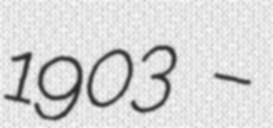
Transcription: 1903 –